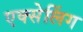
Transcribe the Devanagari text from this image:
एक्सेलिंग